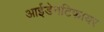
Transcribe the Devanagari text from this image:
आईडेनटिफायर